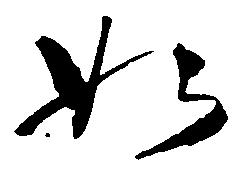
如